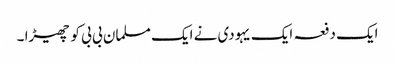
ایک دفعہ ایک یہودی نے ایک مسلمان بی بی کو چھیڑا ۔